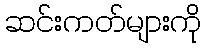
ဆင်းကတ်များကို